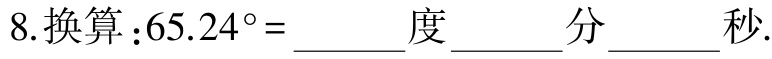
8.换算：$65.24^{\circ} = \underline{\quad\quad}$度$\underline{\quad\quad}$分$\underline{\quad\quad}$秒.